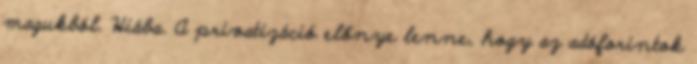
magukból. Hiába. A privatizáció előnye lenne, hogy az adóforintok